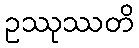
ဥဿုဿတိ